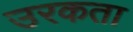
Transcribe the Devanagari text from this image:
उरकता